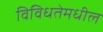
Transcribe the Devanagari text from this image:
विविधतेमधील